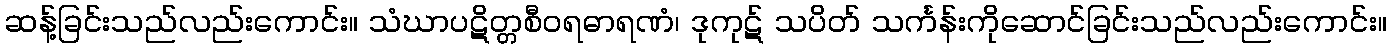
ဆန့်ခြင်းသည်လည်းကောင်း။ သံဃာပဋိတ္တစီဝရဓာရဏံ၊ ဒုကုဋ် သပိတ် သင်္ကန်းကိုဆောင်ခြင်းသည်လည်းကောင်း။